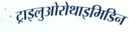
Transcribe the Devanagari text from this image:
ट्राइलुओरोथाइमिडिन